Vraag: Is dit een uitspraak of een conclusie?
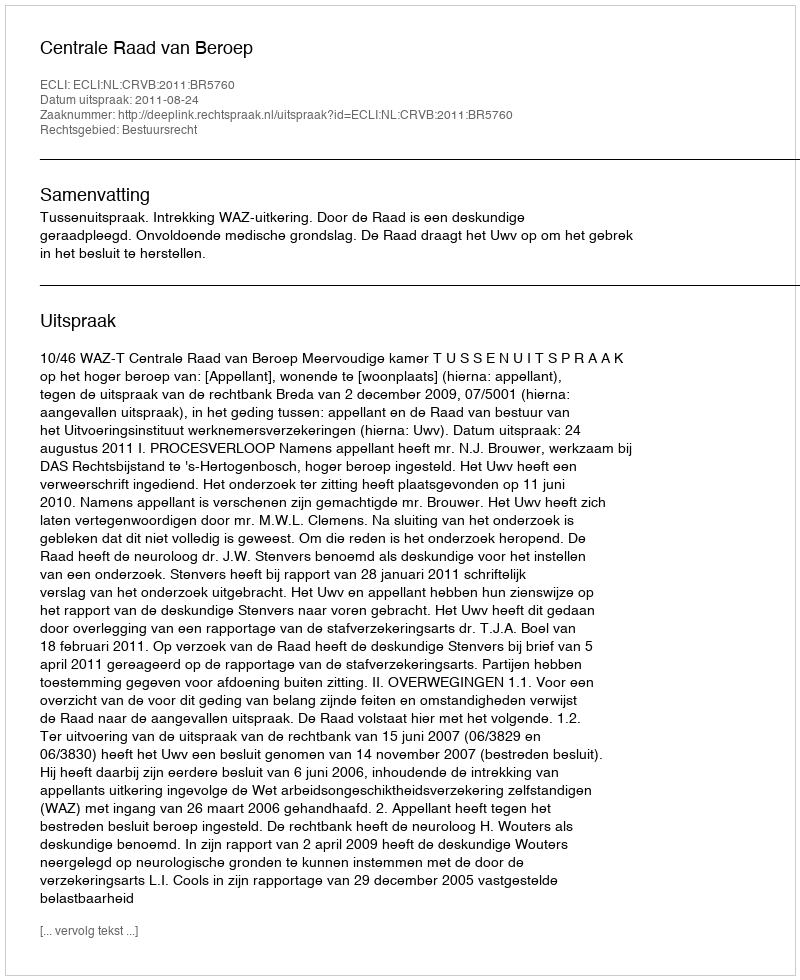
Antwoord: Uitspraak